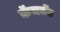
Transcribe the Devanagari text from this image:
कॅचमेंट